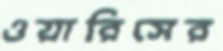
ওয়ারিসের